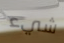
شيء